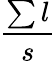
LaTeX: \frac{\sum l}{s}